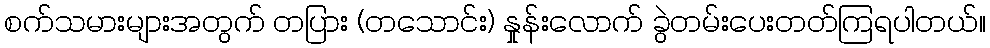
စက်သမားများအတွက် တပြား (တသောင်း) နှုန်းလောက် ခွဲတမ်းပေးတတ်ကြရပါတယ်။